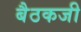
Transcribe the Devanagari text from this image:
बैठकजी